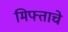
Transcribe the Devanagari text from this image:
मिफ्ताचे